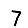
Digit: 7